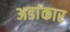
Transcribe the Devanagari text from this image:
अडांकार